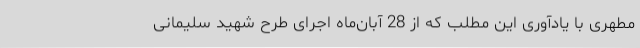
مطهری با یادآوری این‌ مطلب که از 28 آبان‌ماه اجرای طرح شهید سلیمانی